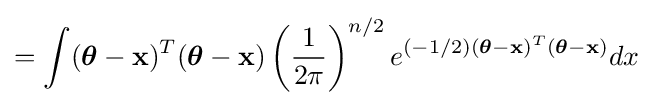
=\int ({\boldsymbol {\theta }}-\mathbf {x} )^{T}({\boldsymbol {\theta }}-\mathbf {x} )\left({\frac {1}{2\pi }}\right)^{n/2}e^{(-1/2)({\boldsymbol {\theta }}-\mathbf {x} )^{T}({\boldsymbol {\theta }}-\mathbf {x} )}dx